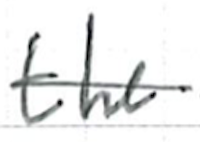
Text: the
Cross-out: single-line
Writing tool: ballpoint